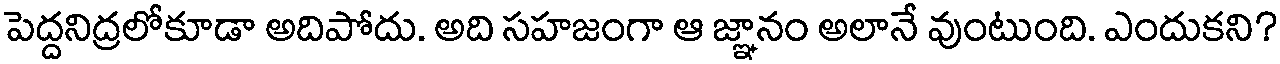
పెద్దనిద్రలోకూడా అదిపోదు. అది సహజంగా ఆ జ్ఞానం అలానే వుంటుంది. ఎందుకని?